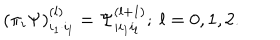
( \pi _ { i } \Psi ) _ { i _ { 1 } \cdot i _ { l } } ^ { ( l ) } = \Psi _ { i i _ { 1 } i _ { l } } ^ { ( l + 1 ) } ; \ l = 0 , 1 , 2 .